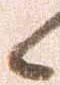
候